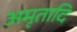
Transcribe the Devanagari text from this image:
अमृतादि